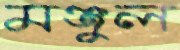
মঞ্জুল